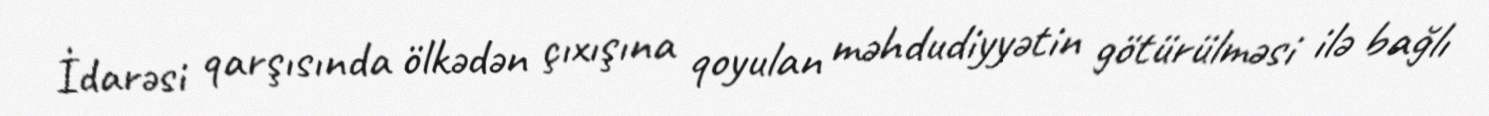
İdarəsi qarşısında ölkədən çıxışına qoyulan məhdudiyyətin götürülməsi ilə bağlı